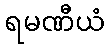
ရမဏီယံ